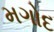
મગોદ